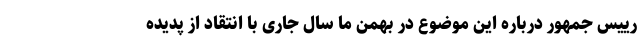
رییس جمهور درباره این موضوع در بهمن ما سال جاری با انتقاد از پدیده